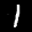
Label: 1